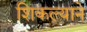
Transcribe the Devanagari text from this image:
शिकल्याने